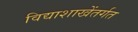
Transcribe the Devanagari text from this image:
विद्याशाखेंतर्गत